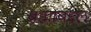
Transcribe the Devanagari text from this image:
ब्रह्माबद्दल